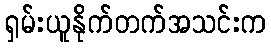
ရှမ်းယူနိုက်တက်အသင်းက